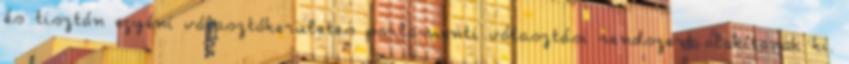
és tisztán egyéni választókerületes parlamenti választási rendszert alakítanak ki.